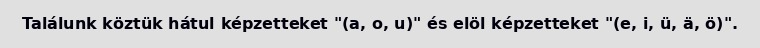
Találunk köztük hátul képzetteket "(a, o, u)" és elöl képzetteket "(e, i, ü, ä, ö)".